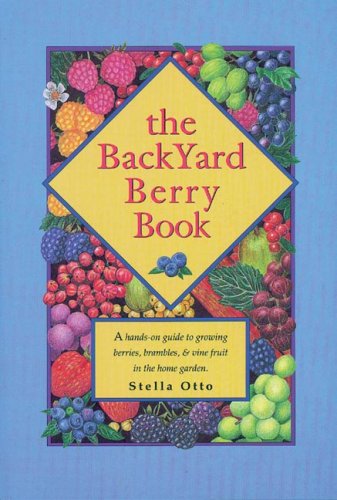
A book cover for The Backyard Berry Book: A Hands-On Guide to Growing Berries, Brambles, and Vine Fruit in the Home Garden; Stella Otto; Crafts, Hobbies & Home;